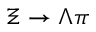
\Xi \to \Lambda \pi